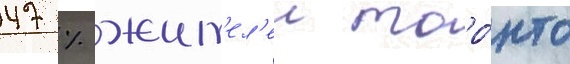
47 % жит'ел'еи торо́нто